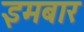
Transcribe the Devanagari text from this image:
इमबार